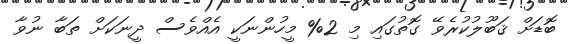
ބޮޑަށް ޤަބޫލުކުރެވޭ ގޮތުގައި މި 2% މީހުންނަކީ އެއްވެސް ދީނަކަށް ތަބާ ނުވާ